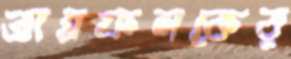
তাম্রফলকের